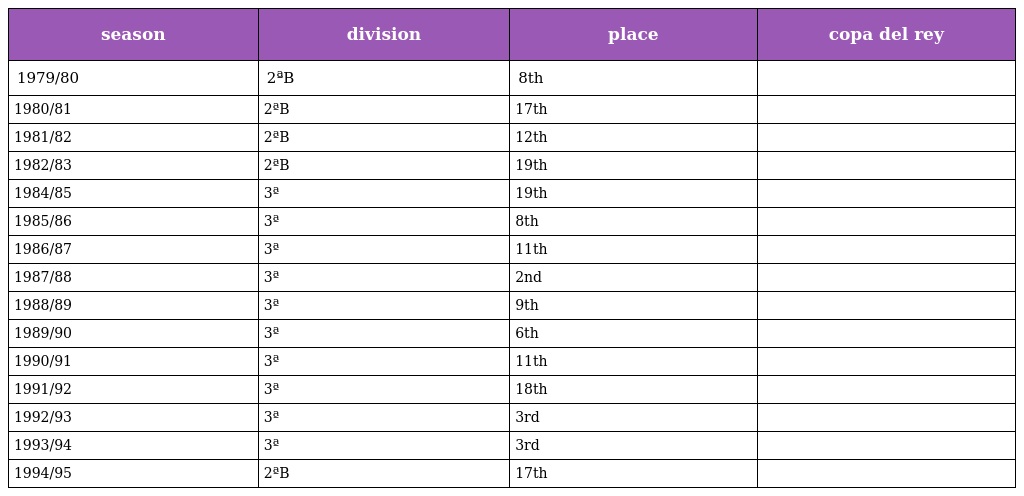
| season | division | place | copa del rey |
 | --- | --- | --- | --- |
 | 1979/80 | 2ªB | 8th |  |
 | 1980/81 | 2ªB | 17th |  |
 | 1981/82 | 2ªB | 12th |  |
 | 1982/83 | 2ªB | 19th |  |
 | 1984/85 | 3ª | 19th |  |
 | 1985/86 | 3ª | 8th |  |
 | 1986/87 | 3ª | 11th |  |
 | 1987/88 | 3ª | 2nd |  |
 | 1988/89 | 3ª | 9th |  |
 | 1989/90 | 3ª | 6th |  |
 | 1990/91 | 3ª | 11th |  |
 | 1991/92 | 3ª | 18th |  |
 | 1992/93 | 3ª | 3rd |  |
 | 1993/94 | 3ª | 3rd |  |
 | 1994/95 | 2ªB | 17th |  |